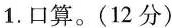
1、口算。（12分）